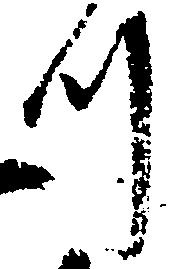
つ